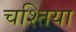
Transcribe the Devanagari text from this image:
चश्तिया